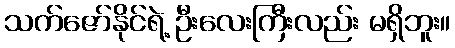
သက်ဇော်နိုင်ရဲ့ ဦးလေးကြီးလည်း မရှိဘူး။